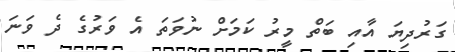
ގަރުދިޔަ އާއި ބަތް މީރު ކަމަށް ނުވަތަ އެ ވަރުގެ ދެ ވަނަ